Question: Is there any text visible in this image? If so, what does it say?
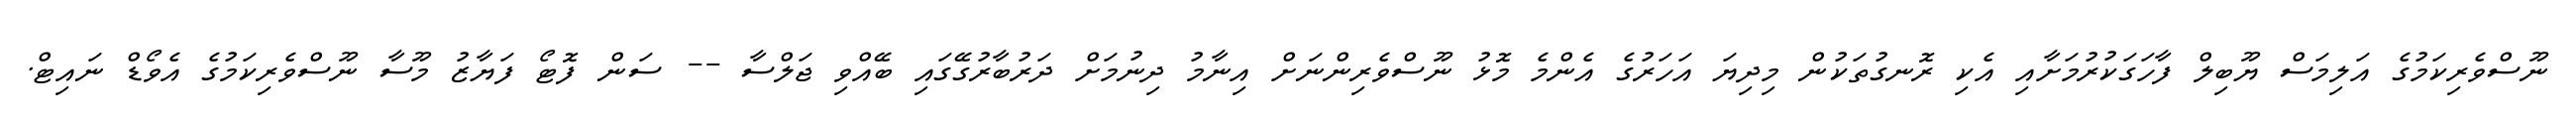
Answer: ނޫސްވެރިކަމުގެ އަލިމަސް ޔޫބިލް ފާހަގަކުރުމަށާއި އެކި ރޮނގުތަކުން މިދިޔަ އަހަރުގެ އެންމެ މޮޅު ނޫސްވެރިންނަށް އިނާމު ދިނުމަށް ދަރުބާރުގޭގައި ބޭއްވި ޖަލްސާ -- ސަން ފޮޓޯ ފަޔާޒު މޫސާ ނޫސްވެރިކަމުގެ އެވޯޑް ނައިޓް.